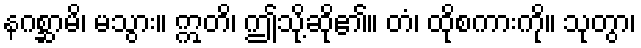
နဂစ္ဆာမိ၊ မသွား။ ဣတိ၊ ဤသို့ဆို၏။ တံ၊ ထိုစကားကို။ သုတွာ၊